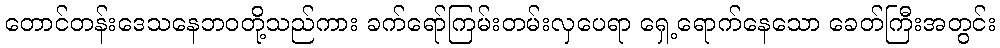
တောင်တန်းဒေသနေဘဝတို့သည်ကား ခက်ရော်ကြမ်းတမ်းလှပေရာ ရှေ့ရောက်နေသော ခေတ်ကြီးအတွင်း